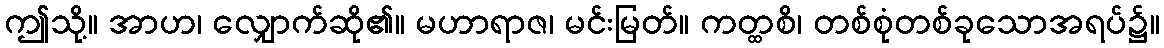
ဤသို့။ အာဟ၊ လျှောက်ဆို၏။ မဟာရာဇ၊ မင်းမြတ်။ ကတ္ထစိ၊ တစ်စုံတစ်ခုသောအရပ်၌။